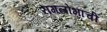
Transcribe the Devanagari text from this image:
रागलोभाची